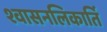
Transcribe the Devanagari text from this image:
श्वासनलिकार्ति